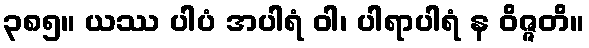
၃၈၅။ ယဿ ပါပံ အပါရံ ဝါ၊ ပါရာပါရံ န ဝိဇ္ဇတိ။